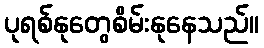
ပုရစ်နုတွေစိမ်းနုနေသည်။